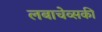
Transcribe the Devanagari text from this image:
लबाचेव्सकी